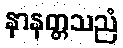
နာနတ္တသညံ